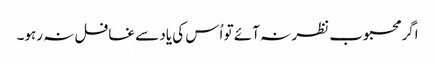
اگر محبوب نظر نہ آئے تو اُس کی یاد سے غافل نہ رہو۔